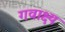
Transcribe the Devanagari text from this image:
गवाक्ष्य